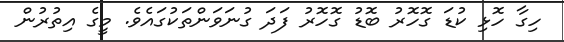
ހިގާ ހޮޅި ކުޑަ ގޮހޮރު ބޮޑު ގޮހޮރު ފަދަ ގުނަވަންތަކުގައެވެ. މީގެ އިތުރުން